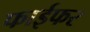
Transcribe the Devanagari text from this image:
फाईफर